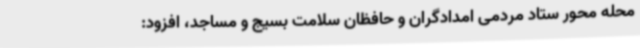
محله محور ستاد مردمی امدادگران و حافظان سلامت بسیج و مساجد، افزود: